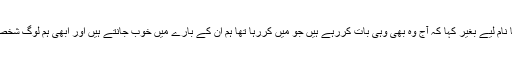
مصطفیٰ کمال نے سربراہ ایم کیوایم پاکستان کا نام لیے بغیر کہا کہ آج وہ بھی وہی بات کررہے ہیں جو میں کررہا تھا ہم ان کے بارے میں خوب جانتے ہیں اور ابھی ہم لوگ شخصیات کے چہروں سے نقاب نہیں اتاررہے ہیں۔